Veterinary regulations India, 1939 -
Year: 1939
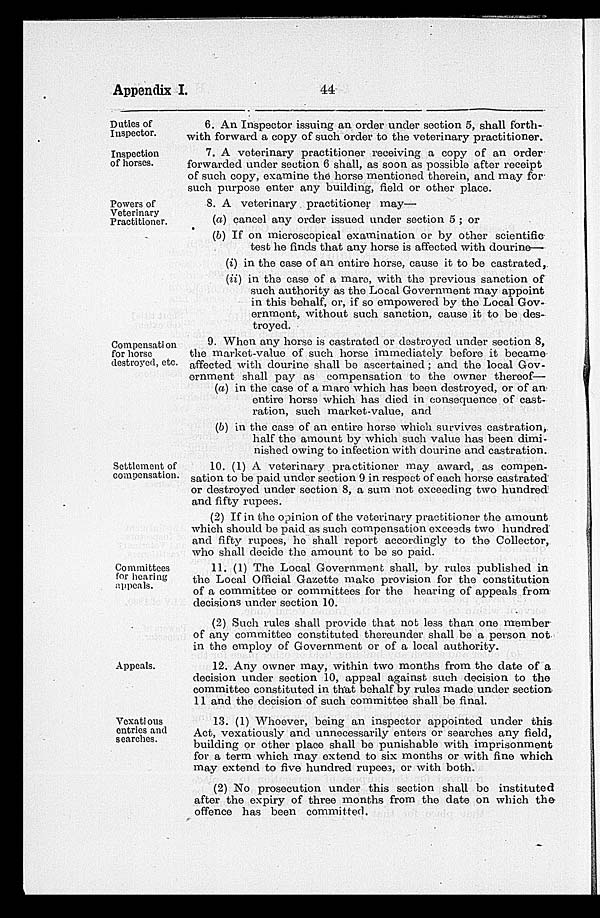
Appendix I.
44
Duties of
Inspector.
6. An Inspector issuing an order under section 5, shall forth-
with forward a copy of such order to the veterinary practitioner.
Inspection
of horses.
7. A veterinary practitioner receiving a copy of an order
forwarded under section 6 shall, as soon as possible after receipt
of such copy, examine the horse mentioned therein, and may for
such purpose enter any building, field or other place.
Powers of
Veterinary
Practitioner.
8. A veterinary practitioner may—
(a) cancel any order issued under section 5 ; or
(b) If on microscopical examination or by other scientific
test he finds that any horse is affected with dourine—
(i) in the case of an entire horse, cause it to be castrated,
(ii) in the case of a mare, with the previous sanction of
such authority as the Local Government may appoint
in this behalf, or, if so empowered by the Local Gov-
ernment, without such sanction, cause it to be des-
troyed.
Compensation
for horse
destroyed, etc.
9. When any horse is castrated or destroyed under section 8,
the market-value of such horse immediately before it became
affected with dourine shall be ascertained; and the local Gov-
ernment shall pay as compensation to the owner thereof—
(a) in the case of a mare which has been destroyed, or of an
entire horse which has died in consequence of cast-
ration, such market-value, and
(b) in the case of an entire horse which survives castration,
half the amount by which such value has been dimi-
nished owing to infection with dourine and castration.
Settlement of
compensation.
10. (1) A veterinary practitioner may award, as compen-
sation to be paid under section 9 in respect of each horse castrated
or destroyed under section 8, a sum not exceeding two hundred
and fifty rupees.
(2) If in the opinion of the veterinavy practitioner the amount
which should be paid as such compensation exceeds two hundred
and fifty rupees, he shall report accordingly to the Collector,
who shall decide the amount to be so paid.
Committees
for hearing
appeals.
11. (1) The Local Government shall, by rules published in
the Local Official Gazette make provision for the constitution
of a committee or committees for the hearing of appeals from
decisions under section 10.
(2) Such rules shall provide that not less than one member
of any committee constituted thereunder shall be a person not
in the employ of Government or of a local authority.
Appeals.
12. Any owner may, within two months from the date of a
decision under section 10, appeal against such decision to the
committee constituted in that behalf by rules made under section
11 and the decision of such committee shall be final.
Vexatious
entries and
searches.
13. (1) Whoever, being an inspector appointed under this
Act, vexatiously and unnecessarily enters or searches any field,
building or other place shall be punishable with imprisonment
for a term which may extend to six months or with fine which
may extend to five hundred rupees, or with both.
(2) No prosecution under this section shall be instituted
after the expiry of three months from the date on which the
offence has been committed.